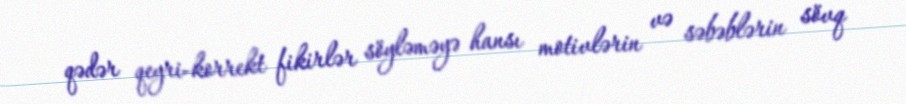
qədər qeyri-korrekt fikirlər söyləməyə hansı motivlərin və səbəblərin sövq